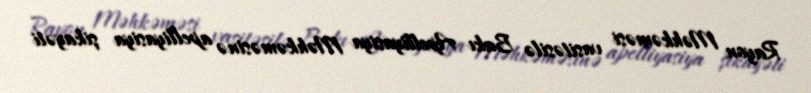
Rayon Məhkəməsi vasitəsilə Bakı Apelliyasiya Məhkəməsinə apelliyasiya şikayəti